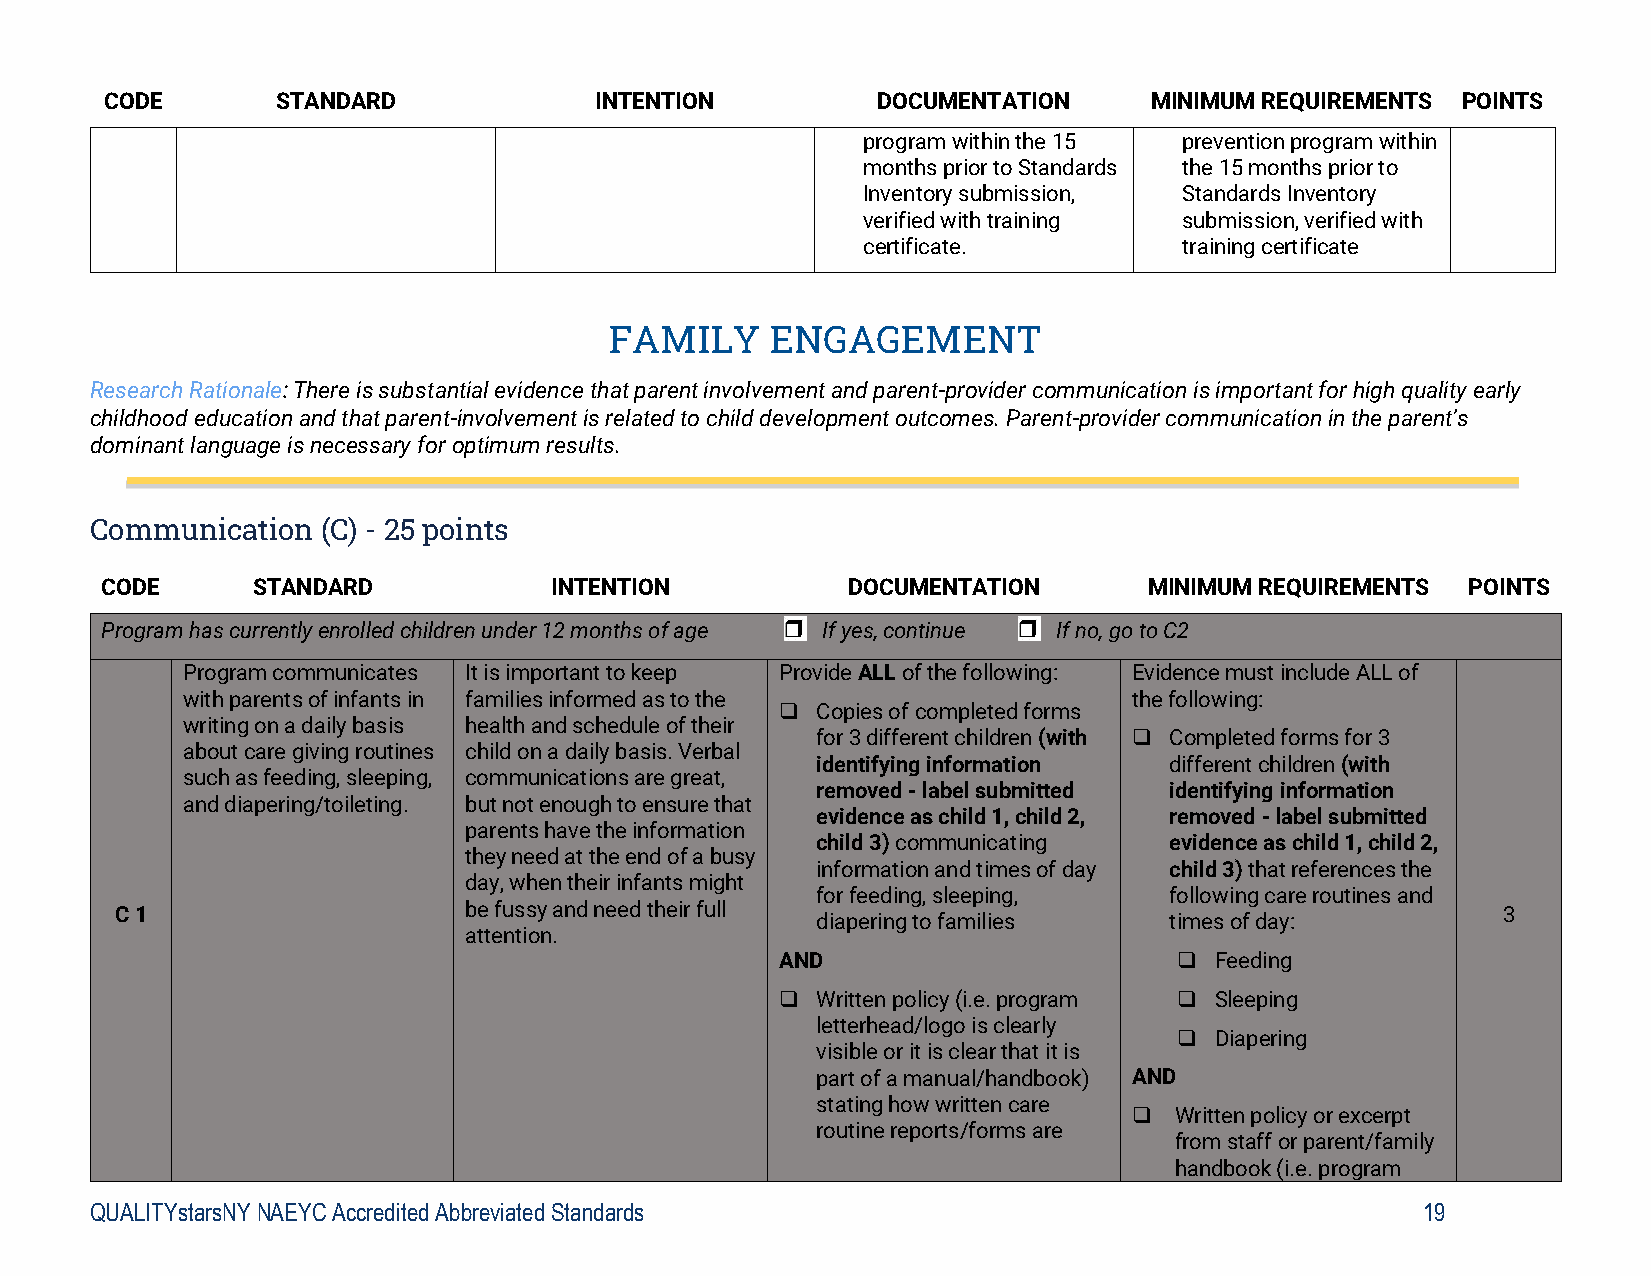
CODE       STANDARD             INTENTION          DOCUMENTATION     MINIMUM REQUIREMENTS POINTS
 program within the 15 prevention program within
 months prior to Standards the 15 months prior to
 Inventory submission, Standards Inventory
 verified with training submission, verified with
 certificate.         training certificate
 FAMILY     ENGAGEMENT
 Research Rationale: There is substantial evidence that parent involvement and parent-provider communication is important for high quality early
 childhood education and that parent-involvement is related to child development outcomes. Parent-provider communication in the parent’s
 dominant language is necessary for optimum results.
 Communication  (C) - 25 points
 CODE      STANDARD           INTENTION           DOCUMENTATION       MINIMUM REQUIREMENTS POINTS
 Program has currently enrolled children under 12 months of age If yes, continue If no, go to C2
 Program communicates It is important to keep Provide ALL of the following: Evidence must include ALL of
 with parents of infants in families informed as to the         the following:
  Copies of completed forms
 writing on a daily basis health and schedule of their
 for 3 different children (with  Completed forms for 3
 about care giving routines child on a daily basis. Verbal
 identifying information different children (with
 such as feeding, sleeping, communications are great,
 removed - label submitted identifying information
 and diapering/toileting. but not enough to ensure that
 evidence as child 1, child 2, removed - label submitted
 parents have the information
 child 3) communicating evidence as child 1, child 2,
 they need at the end of a busy
 information and times of day child 3) that references the
 day, when their infants might
 for feeding, sleeping, following care routines and
 C 1                    be fussy and need their full                                        3
 diapering to families  times of day:
 attention.
 AND                        Feeding
  Written policy (i.e. program  Sleeping
 letterhead/logo is clearly
  Diapering
 visible or it is clear that it is
 part of a manual/handbook) AND
 stating how written care
   Written policy or excerpt
 routine reports/forms are
 from staff or parent/family
 handbook (i.e. program
 QUALITYstarsNY NAEYC Accredited Abbreviated Standards                                   19